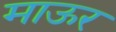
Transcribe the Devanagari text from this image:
माऊर